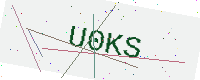
Text: U0KS